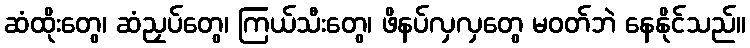
ဆံထိုးတွေ၊ ဆံညှပ်တွေ၊ ကြယ်သီးတွေ၊ ဖိနပ်လှလှတွေ မဝတ်ဘဲ နေနိုင်သည်။